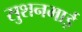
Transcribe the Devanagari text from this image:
सुशनमाई